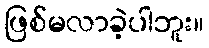
ဖြစ်မလာခဲ့ပါဘူး။